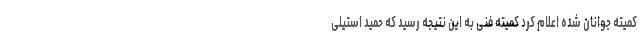
کمیته جوانان شده اعلام کرد کمیته فنی به این نتیجه رسید که حمید استیلی